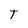
Character: T